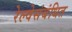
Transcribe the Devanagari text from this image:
रेल्वेसंबंधित